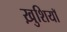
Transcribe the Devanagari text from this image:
ख़ुशियाॅ